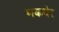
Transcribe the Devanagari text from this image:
मकबेर